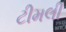
ટીમલી